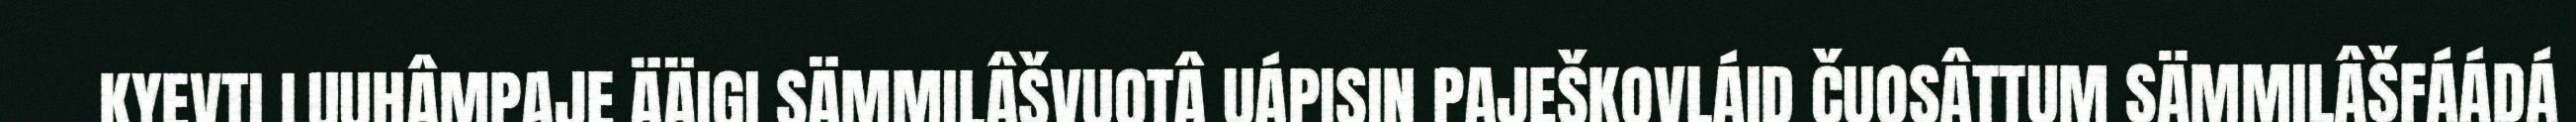
KYEVTI LUUHÂMPAJE ÄÄIGI SÄMMILÂŠVUOTÂ UÁPISIN PAJEŠKOVLÁID ČUOSÂTTUM SÄMMILÂŠFÁÁDÁ